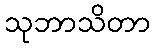
သုဘာသိတာ